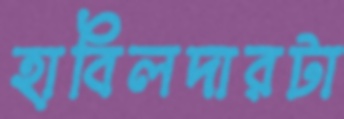
হাবিলদারটা